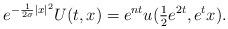
LaTeX: \begin{align*} e^{-\frac{1}{2\sigma}|x|^2}U(t,x) = e^{nt}u(\tfrac{1}{2}e^{2t},e^tx).\end{align*}